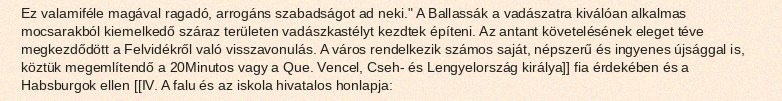
Ez valamiféle magával ragadó, arrogáns szabadságot ad neki." A Ballassák a vadászatra kiválóan alkalmas mocsarakból kiemelkedő száraz területen vadászkastélyt kezdtek építeni. Az antant követelésének eleget téve megkezdődött a Felvidékről való visszavonulás. A város rendelkezik számos saját, népszerű és ingyenes újsággal is, köztük megemlítendő a 20Minutos vagy a Que. Vencel, Cseh- és Lengyelország királya]] fia érdekében és a Habsburgok ellen [[IV. A falu és az iskola hivatalos honlapja: